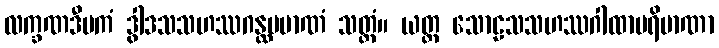
လက္ခဏဒီပကံ ဒွါဒသသဟဿဂန္ထပမာဏံ သတ္ထံ။ ယတ္ထ သောဠသသဟဿဂါထာပရိမာဏာ